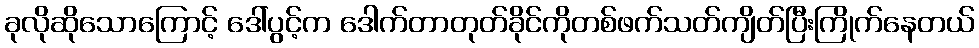
ခုလိုဆိုသောကြောင့် ဒေါ်ပွင့်က ဒေါက်တာတုတ်ခိုင်ကိုတစ်ဖက်သတ်ကျိတ်ပြီးကြိုက်နေတယ်